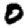
Digit: 0